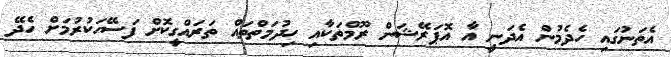
އެތަނުގައި ހެދެމުން އެދަނީ އާ އޮޕަރޭޝަން ރޫމްތަކާއި ހިދުމަތްތައް ތަރައްގީކޮށް ފަސޭހަކުރުމަށް ހެދޭ